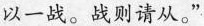
以一战。战则请从。”